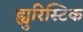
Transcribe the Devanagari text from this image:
ह्युरिस्टिक